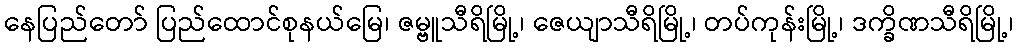
နေပြည်တော် ပြည်ထောင်စုနယ်မြေ၊ ဇမ္ဗူသီရိမြို့၊ ဇေယျာသီရိမြို့၊ တပ်ကုန်းမြို့၊ ဒက္ခိဏသီရိမြို့၊